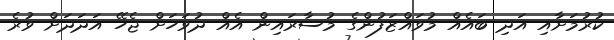
ކުރުމަށާއި އަދި ބައެއް މުވައްޒަފުންގެ މުސާރައިން އެއް ދުވަހަށް ޖެހޭ އަދަދަށް ވުރެ